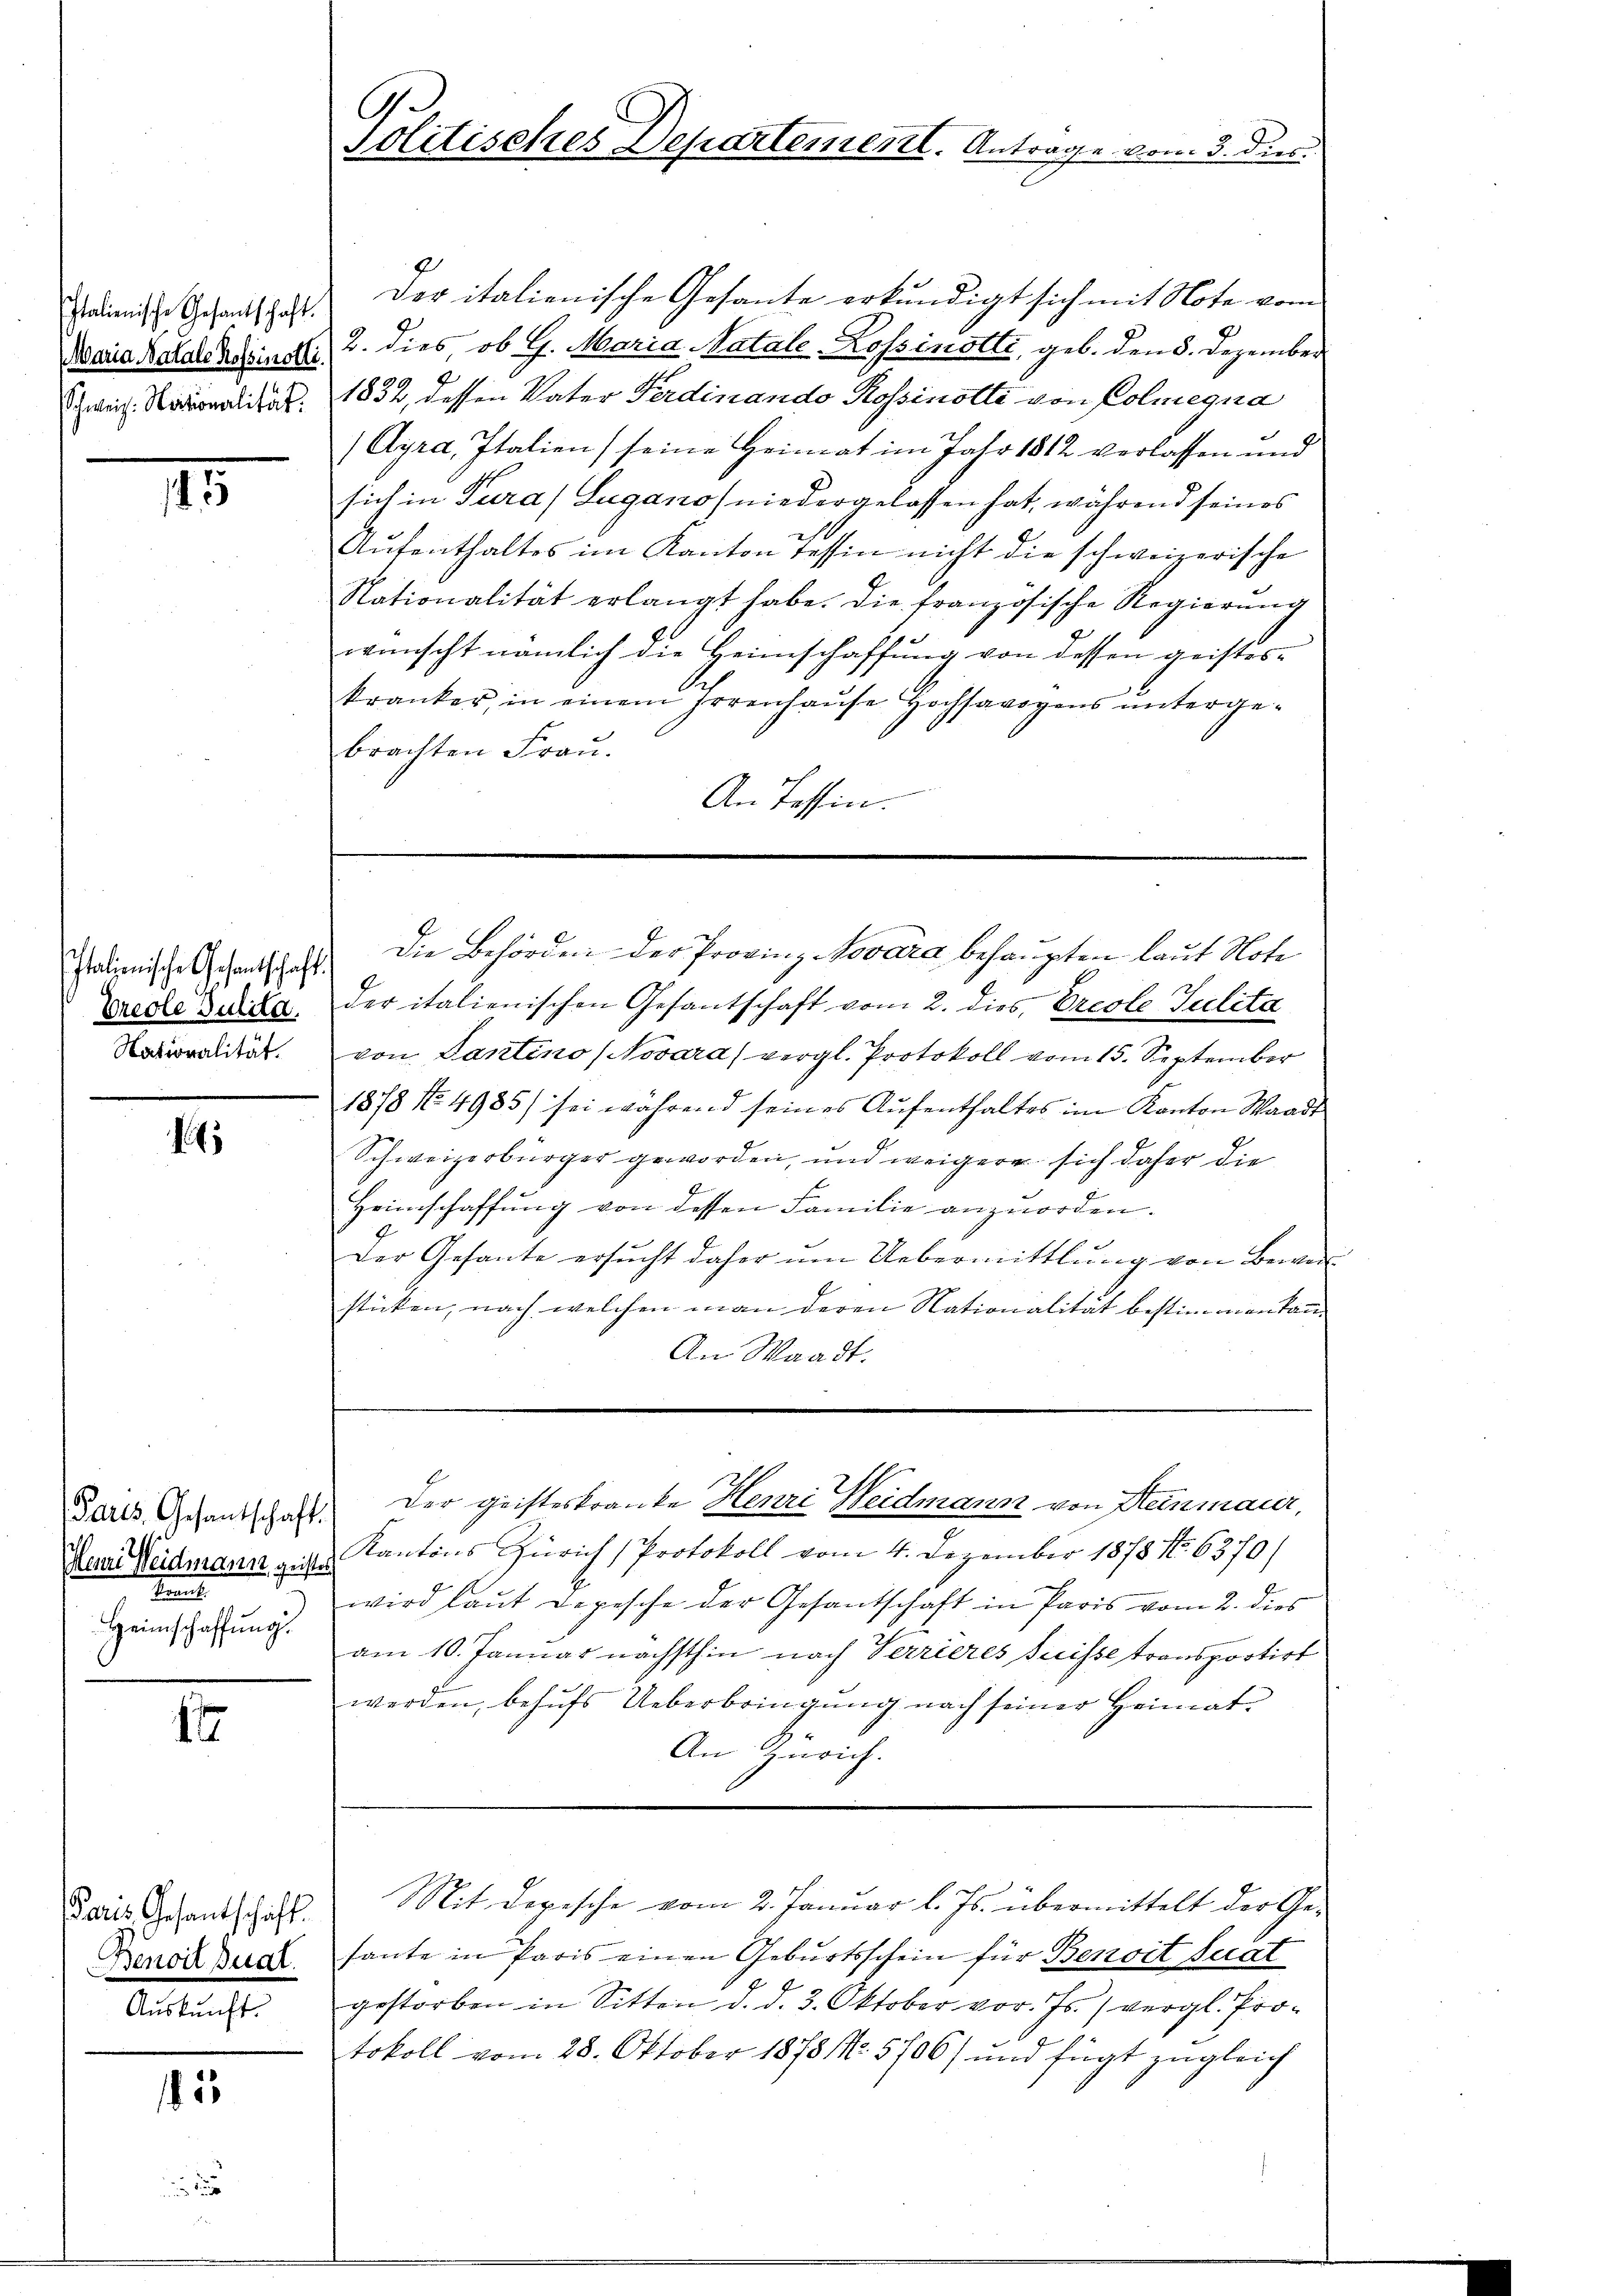
Italienische Gesandtschaft.
Maria Natale Rossinolli.
Schweiz. Nationalität.

5

Italienische Gesantschaft.
Preole Julita.
Nationalität.

1

Paris, Gesantschaft.
Menri Weidmann geistes
t
Heimschaffŭng.

1

Bares Gesantschaft.
Benoit paral.
Auskunft.

185

Politisches Departementl. Antrage vom 3. dies

der italienische Gesante erkundigt sich mit Note vom
2. dies ob G. Maria Natale Lossinstti, geb. den 8. Dezember
9
1832, dessen Vater Ferdinando Rossinotti von Colmegna
(Gyra, Italien) seine Heimat im Jahr 1812 verlassen und
sich in Tura/Lugano niedergelassen hat, während seines
se
Aŭfenthaltes im Kanton Tessin nicht die schweizerische
Nationalität erlangt habe. Die französische Regierŭng
wünscht nämlich die Heimschaffung von dessen geistes-
kranker, in einem Irrenhaŭse Hochsavoyens untergebrachten Frau.

An Tessin.
der italienischen Gesantschaft vom 2. dies, Ercole Julita
von Tantino (Novara) vergl. Protokoll vom 15. September
1878 No. 4985 sei während seines Aŭfenthaltes im Kanton Waadt
Schweizerbürger geworden, und weigere sich daher die
Heimschaffung von dessen Familie anzuorden.
Der Gesante ersucht daher um Uebermittlung von Bewersticken, nach welchen man deren Nationalität bestimmen kan
An Waadt.
Der Geisteskranke Henri Weidmann von Heinmaier,
Kantons Zürich (Protokoll vom 4. Dezember 1878. 6370)
wird laut Depesche der Gesantschaft in Paris vom 2. dies
am 10. Januar nächsthin nach Verrieres Suisse transportirt
werden, behufs Ueberbringung nach seiner Heimat
An Zürich.
Mit Depesche vom 2. Januar l. Js. übermittelt der Gesante in Paris einen Geburtsschein für Benoit stat
f
gestorben in Sitten d. d. 3. Oktober vor. Js. (vergl. Pro-
tokoll vom 28. Oktober 1878 No. 5706) und fügt zugleich

Die Behörden der Provinz Novára behaupten laut Note